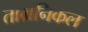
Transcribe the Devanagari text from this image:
ताम्रनिकल